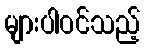
များပါဝင်သည့်